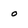
Character: o